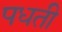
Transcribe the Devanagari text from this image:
पधती